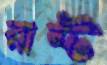
রাস্ট